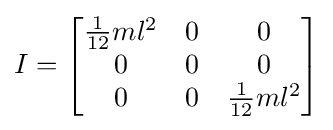
I={\begin{bmatrix}{\frac {1}{12}}ml^{2}&0&0\\0&0&0\\0&0&{\frac {1}{12}}ml^{2}\end{bmatrix}}